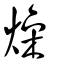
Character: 燥